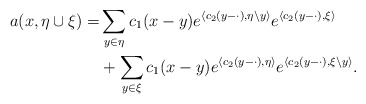
\begin{align*} a(x,\eta\cup\xi)=&\sum_{y\in\eta}c_1(x-y) e^{\langle c_2(y-\cdot),\eta\setminus y\rangle}e^{\langle c_2(y-\cdot),\xi\rangle} \\&+\sum_{y\in\xi}c_1(x-y) e^{\langle c_2(y-\cdot),\eta\rangle}e^{\langle c_2(y-\cdot),\xi\setminus y\rangle}. \end{align*}